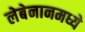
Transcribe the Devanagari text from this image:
लेबेनानमध्ये